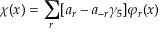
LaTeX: \chi ( x ) = \sum _ { r } [ a _ { r } - a _ { - r } \gamma _ { 5 } ] \varphi _ { r } ( x )